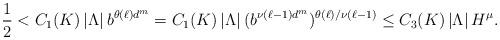
LaTeX: \begin{align*}\frac{1}{2} < C_1(K)\left|\Lambda\right|b^{\theta(\ell)d^m} = C_1(K)\left|\Lambda\right|(b^{\nu(\ell-1)d^m})^{\theta(\ell)/\nu(\ell-1)} \leq C_3(K)\left|\Lambda\right|H^{\mu}.\end{align*}